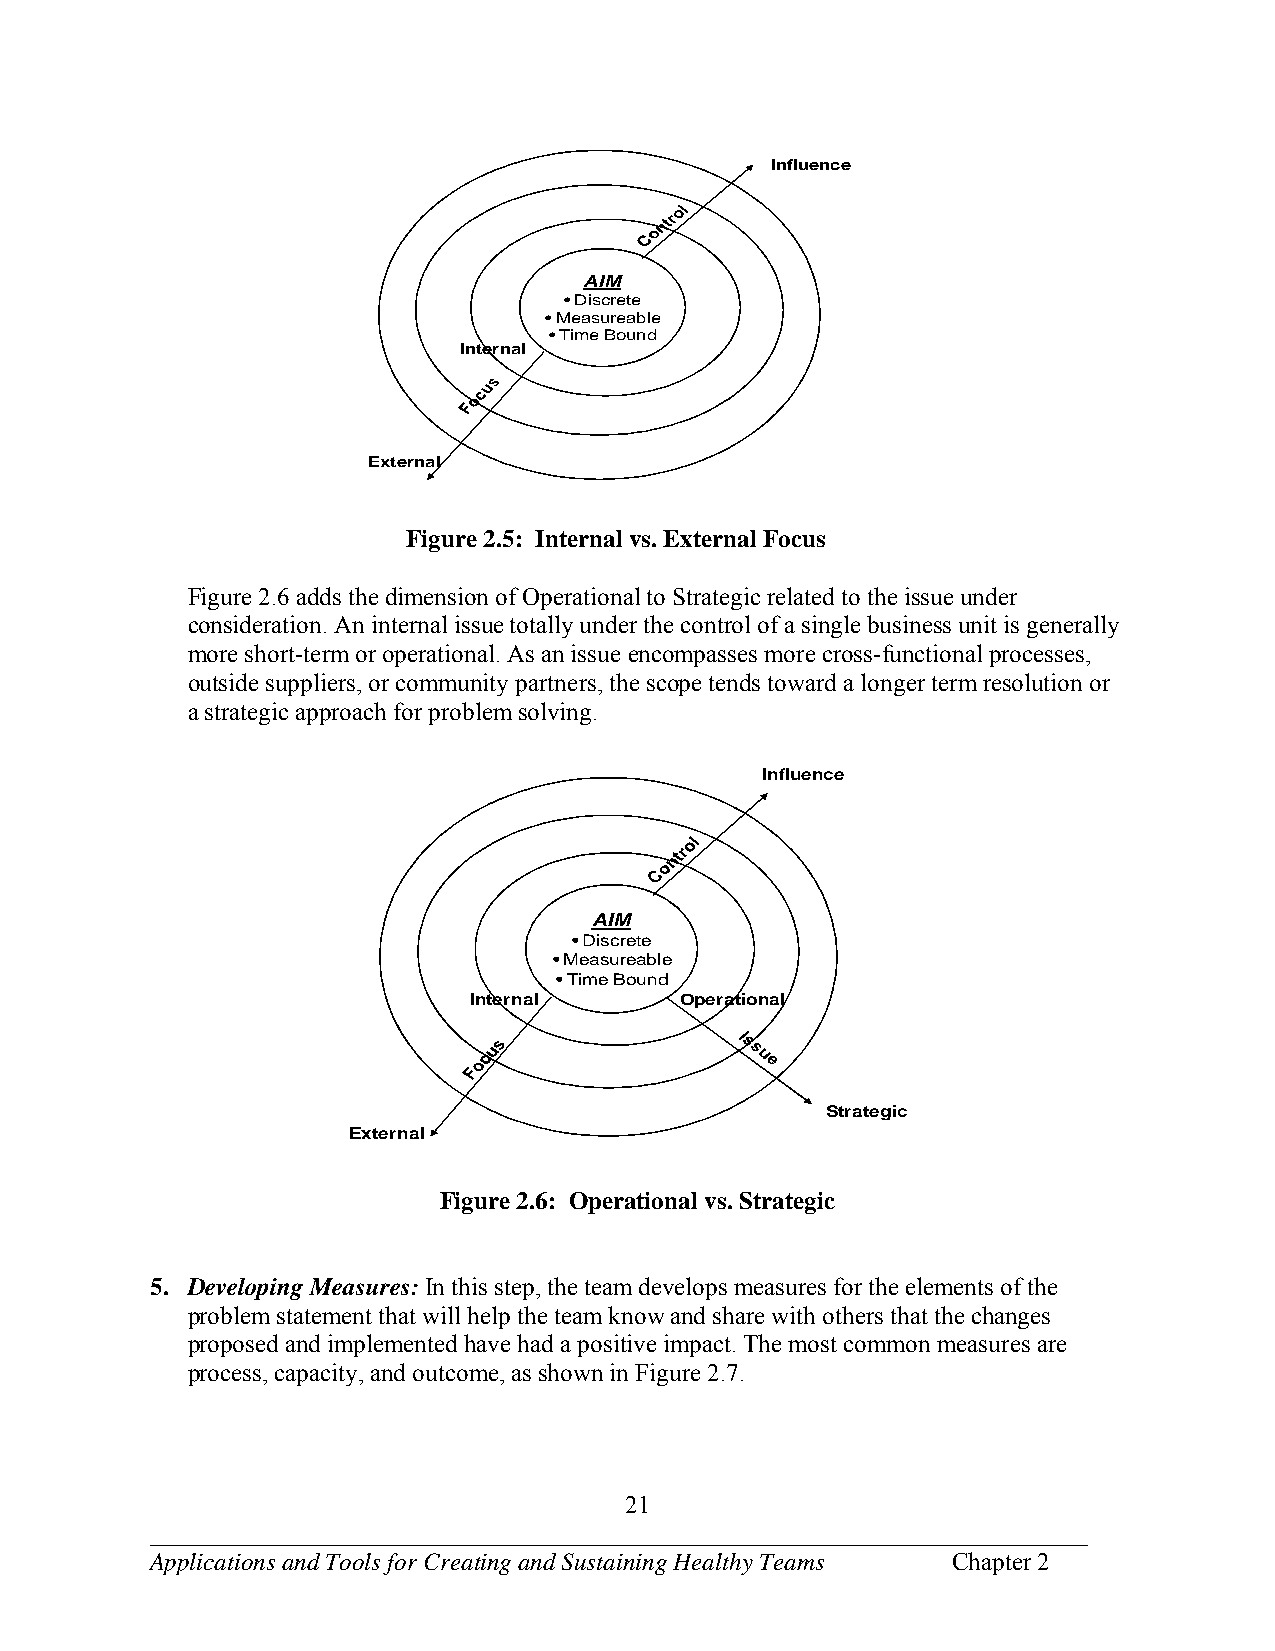
Influence
 AIM
 •Discrete
 •Measureable
 •Time Bound
 Internal
 External
 Figure 2.5: Internal vs. External Focus
 Figure 2.6 adds the dimension of Operational to Strategic related to the issue under
 consideration. An internal issue totally under the control of a single business unit is generally
 more short-term or operational. As an issue encompasses more cross-functional processes,
 outside suppliers, or community partners, the scope tends toward a longer term resolution or
 a strategic approach for problem solving.
 Influence
 AIM
 •Discrete
 •Measureable
 •Time Bound
 Internal      Operational
 Strategic
 External
 Figure 2.6: Operational vs. Strategic
 5. Developing Measures: In this step, the team develops measures for the elements of the
 problem statement that will help the team know and share with others that the changes
 proposed and implemented have had a positive impact. The most common measures are
 process, capacity, and outcome, as shown in Figure 2.7.
 21
 ___________________________________________________________________________
 Applications and Tools for Creating and Sustaining Healthy Teams Chapter 2